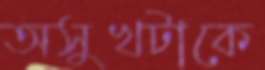
অসুখটাকে